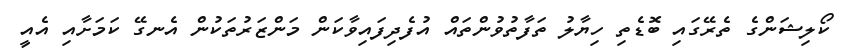
ކޯލިޝަންގެ ތެރޭގައި ބޮޑެތި ހިޔާލު ތަފާތުވުންތައް އުފެދިފައިވާކަން މަންޒަރުތަކުން އެނގޭ ކަމަށާއި އެއީ